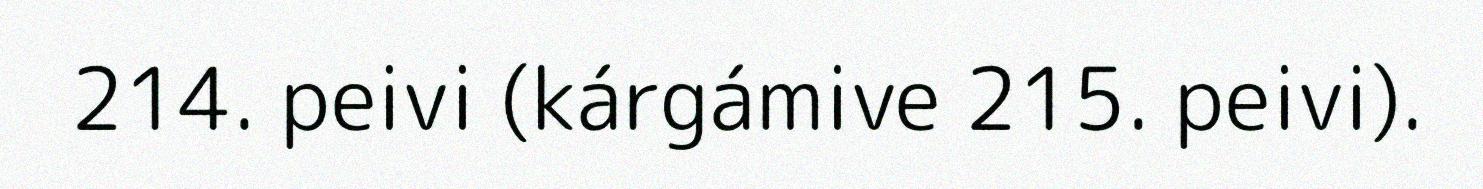
214. peivi (kárgámive 215. peivi).